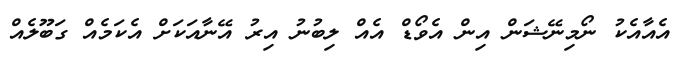
އެއާއެކު ނޯމިނޭޝަން އިން އެވޯޑް އެއް ލިބުނު އިރު އޭނާއަކަށް އެކަމެއް ގަބޫލެއް